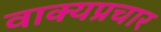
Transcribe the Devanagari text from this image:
वाक्यप्रचार